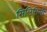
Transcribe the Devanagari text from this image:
सिलिसिली